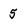
Character: 5